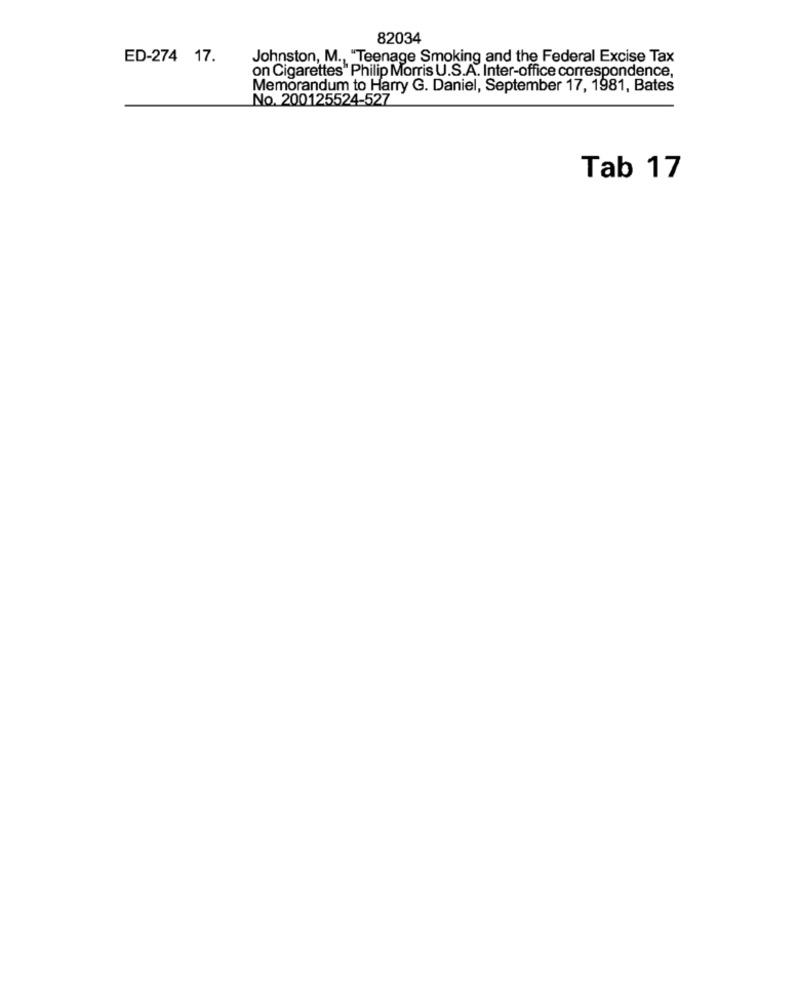
82034
ED-274 17.
Johnston, M ., "Teenage Smoking and the Federal Excise Tax
on Cigarettes" Philip Morris U.S.A. Inter-office correspondence,
Memorandum to Harry G. Daniel, September 17, 1981, Bates
No. 200125524-527
Tab 17